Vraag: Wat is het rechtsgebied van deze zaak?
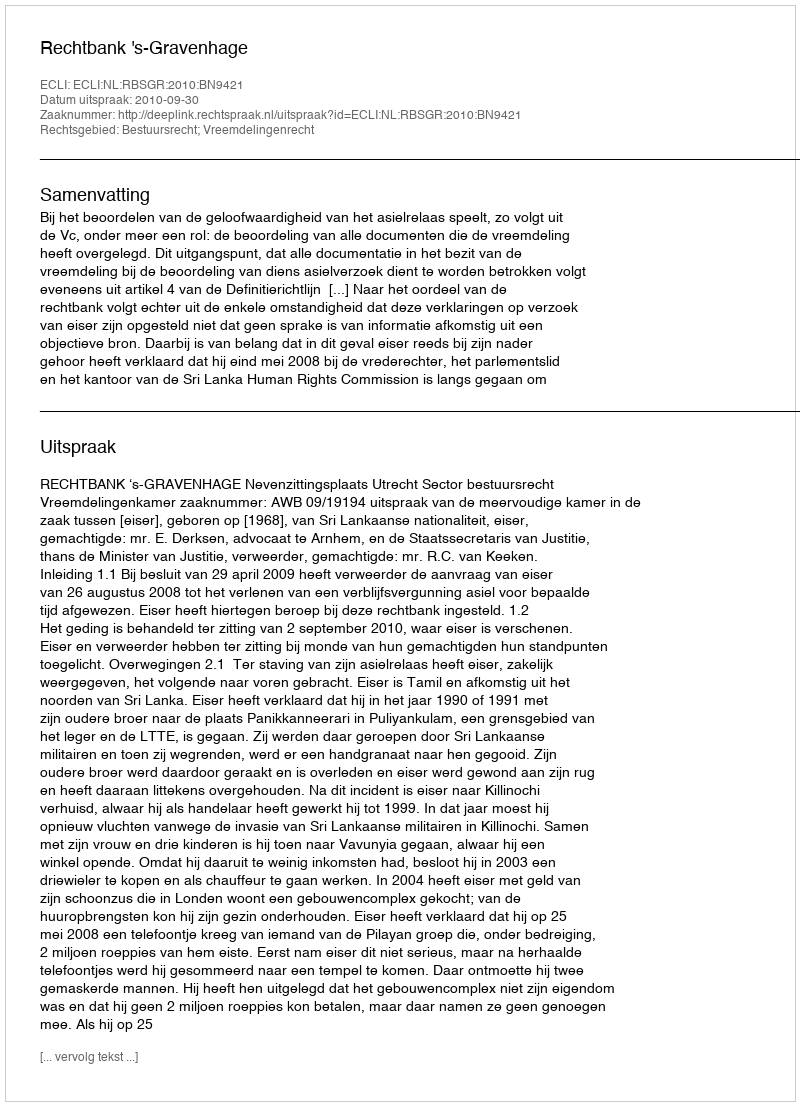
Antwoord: Bestuursrecht; Vreemdelingenrecht